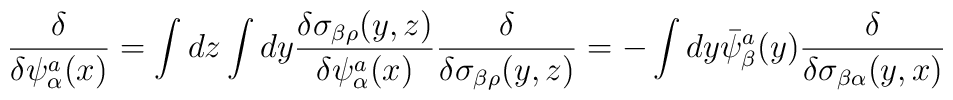
{\delta\over\delta\psi_{\alpha}^{a}(x)}=\int dz\int dy {\delta\sigma_{\beta\rho}(y,z)\over\delta\psi_{\alpha}^{a}(x)}{\delta\over\delta\sigma_{\beta\rho}(y,z)}=-\int dy\bar{\psi}_{\beta}^{a}(y){\delta\over\delta\sigma_{\beta\alpha}(y,x)}